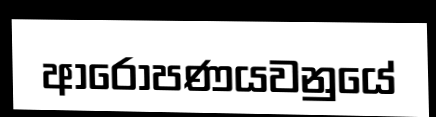
ආරෝපණයවනුයේ